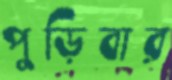
পুড়িবার